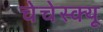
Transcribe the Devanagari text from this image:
चेचेस्क्यू